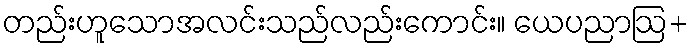
တည်းဟူသောအလင်းသည်လည်းကောင်း။ ယေပညာဩ+